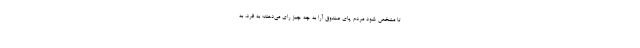
تا مشخص شود مردم پای صندوق آرا به چه چیز رای می‌دهند؛ به فرد، به